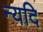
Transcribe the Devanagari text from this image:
न्यदि